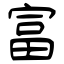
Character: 富